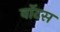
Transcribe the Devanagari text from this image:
वॉटस